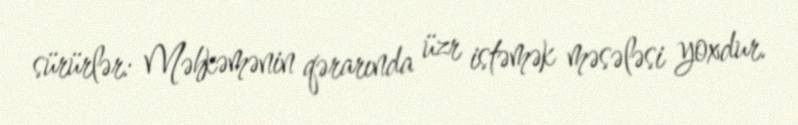
sürürlər: Məhkəmənin qərarında üzr istəmək məsələsi yoxdur.